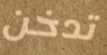
تدخن